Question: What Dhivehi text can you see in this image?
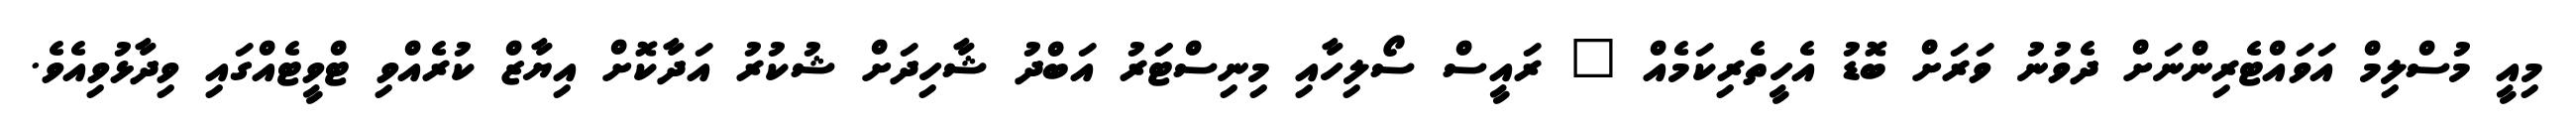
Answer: މިއީ މުސްލިމް އަވައްޓެރިންނަށް ދެވުނު ވަރަށް ބޮޑު އެހީތެރިކަމެއް " ރައީސް ސޯލިހާއި މިނިސްޓަަރު އަބްދު ޝާހިދަށް ޝުކުރު އަދާކޮށް އިޔާޒް ކުރެއްވި ޓްވީޓެއްގައި ވިދާޅުވިއެވެ.